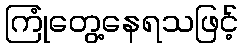
ကြုံတွေ့နေရသဖြင့်